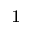
^ 1